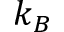
k _ { B }